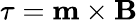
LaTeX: \mathbf{\tau}=\mathbf{m}\times\mathbf{B}